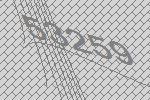
53259